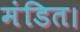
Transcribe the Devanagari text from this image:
मंडित।